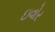
ઇવોર